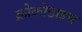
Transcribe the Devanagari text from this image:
क्रोकोडाइस